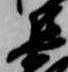
集